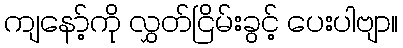
ကျနော့်ကို လွှတ်ငြိမ်းခွင့် ပေးပါဗျာ။